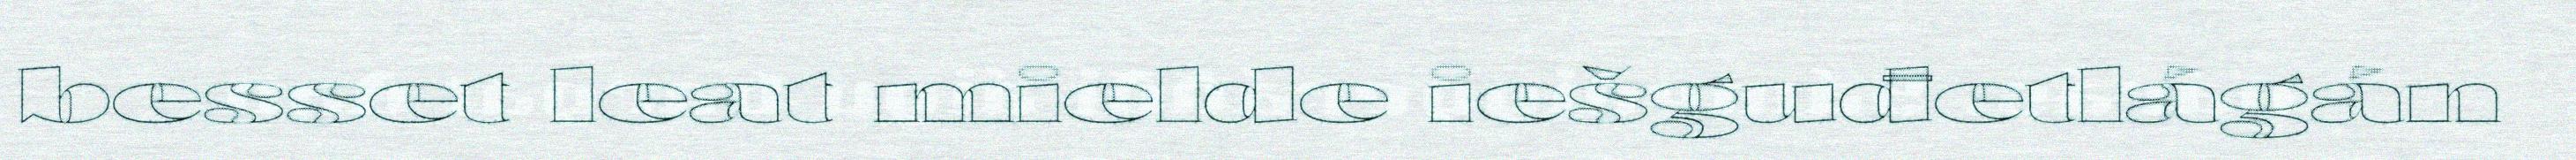
besset leat mielde iešguđetlágán